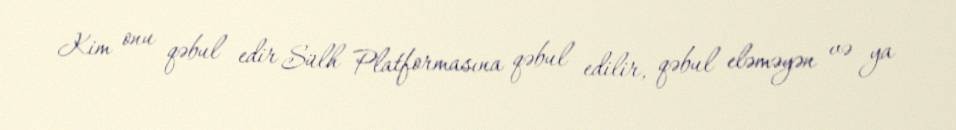
Kim onu qəbul edir Sülh Platformasına qəbul edilir, qəbul eləməyən və ya